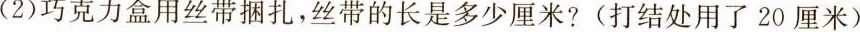
(2)巧克力盒用丝带捆扎，丝带的长是多少厘米?(打结处用了20厘米)